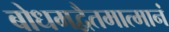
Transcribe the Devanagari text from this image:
बोधमद्वैतमात्मानं